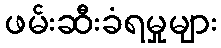
ဖမ်းဆီးခံရမှုများ